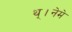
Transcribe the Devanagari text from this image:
थ्।नेमे